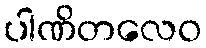
ပါဏိတလေဝ